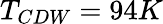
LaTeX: T_{CDW}=94K